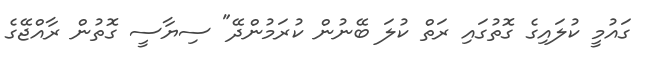
ގައުމީ ކުލައިގެ ގޮތުގައި ރަތް ކުލަ ބޭނުން ކުރަމުންދޭ" ސިޔާސީ ގޮތުން ރާއްޖޭގެ